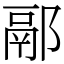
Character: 䣓